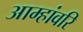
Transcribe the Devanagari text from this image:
आम्हांवरि